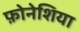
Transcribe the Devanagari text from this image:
फ़ोनेशिया